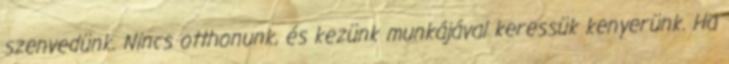
szenvedünk. Nincs otthonunk, és kezünk munkájával keressük kenyerünk. Ha